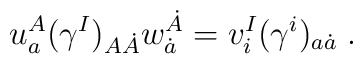
u_a^A (\gamma^I)_{A\dot A} w^{\dot A}_{\dot a} = v^I_i (\gamma^i)_{a\dot a}\;.